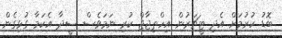
ބޮޑު ކުރުމަށް އެދި ޓީޗަރުން އިހްތިޖާޖް ކުރި ނަމަވެސް ސީދާ އެކަމާ ގުޅިގެން